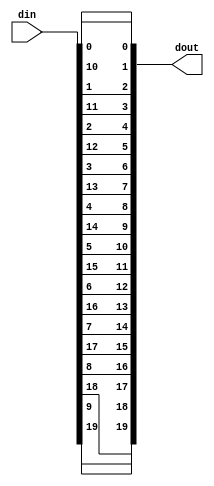
// (C) 2001-2016 Altera Corporation. All rights reserved.
// Your use of Altera Corporation's design tools, logic functions and other 
// software and tools, and its AMPP partner logic functions, and any output 
// files any of the foregoing (including device programming or simulation 
// files), and any associated documentation or information are expressly subject 
// to the terms and conditions of the Altera Program License Subscription 
// Agreement, Altera MegaCore Function License Agreement, or other applicable 
// license agreement, including, without limitation, that your use is for the 
// sole purpose of programming logic devices manufactured by Altera and sold by 
// Altera or its authorized distributors.  Please refer to the applicable 
// agreement for further details.


// $Id: $
// $Revision: $
// $Date: $
// $Author: $
//-----------------------------------------------------------------------------

// Copyright 2012 Altera Corporation. All rights reserved.  
// Altera products are protected under numerous U.S. and foreign patents, 
// maskwork rights, copyrights and other intellectual property laws.  
//
// This reference design file, and your use thereof, is subject to and governed
// by the terms and conditions of the applicable Altera Reference Design 
// License Agreement (either as signed by you or found at www.altera.com).  By
// using this reference design file, you indicate your acceptance of such terms
// and conditions between you and Altera Corporation.  In the event that you do
// not agree with such terms and conditions, you may not use the reference 
// design file and please promptly destroy any copies you have made.
//
// This reference design file is being provided on an "as-is" basis and as an 
// accommodation and therefore all warranties, representations or guarantees of 
// any kind (whether express, implied or statutory) including, without 
// limitation, warranties of merchantability, non-infringement, or fitness for
// a particular purpose, are specifically disclaimed.  By making this reference
// design file available, Altera expressly does not recommend, suggest or 
// require that this reference design file be used in combination with any 
// other product not provided by Altera.
/////////////////////////////////////////////////////////////////////////////

`timescale 1 ps / 1 ps
// baeckler - 05-29-2012

module mix_odd_even #(
	parameter WIDTH = 20
)(
	input [WIDTH-1:0] din,
	output [WIDTH-1:0] dout
);

genvar i;
generate
	for (i=0; i<WIDTH/2; i=i+1) begin : lp
		assign dout[i<<1] = din[i];
		assign dout[(i<<1) + 1] = din[(WIDTH/2)+i];		
	end
endgenerate

endmodule
// BENCHMARK INFO :  5SGXEA7N2F45C2
// BENCHMARK INFO :  Max depth :  0.0 LUTs
// BENCHMARK INFO :  Total registers : 0
// BENCHMARK INFO :  Total pins : 40
// BENCHMARK INFO :  Total virtual pins : 0
// BENCHMARK INFO :  Total block memory bits : 0
// BENCHMARK INFO :  Comb ALUTs :                         ; 1               ;       ;
// BENCHMARK INFO :  ALMs : 1 / 234,720 ( < 1 % )